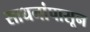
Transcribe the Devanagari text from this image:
साधनांपासून